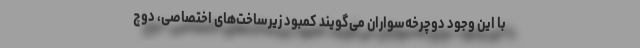
با این وجود دوچرخه‌سواران می‌گویند کمبود زیرساخت‌های اختصاصی، دوچ